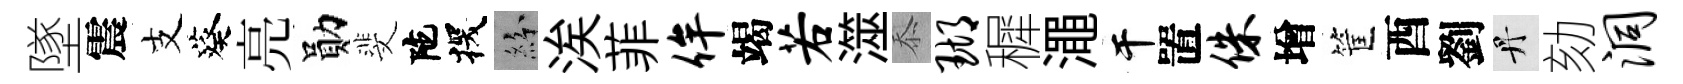
墜震支葵亮勛斐陀探紛涘菲侔竭若澨忝瑚穉澠干置侏增筐酉劉丹劾洞